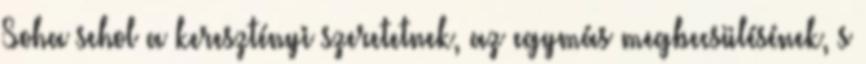
Soha sehol a keresztényi szeretetnek, az egymás megbecsülésének, s